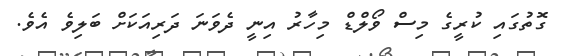
ގޮތުގައި ކުރީގެ މިސް ވޯލްޑް މިހާރު އިނީ ދެވަނަ ދަރިއަކަށް ބަލިވެ އެވެ.